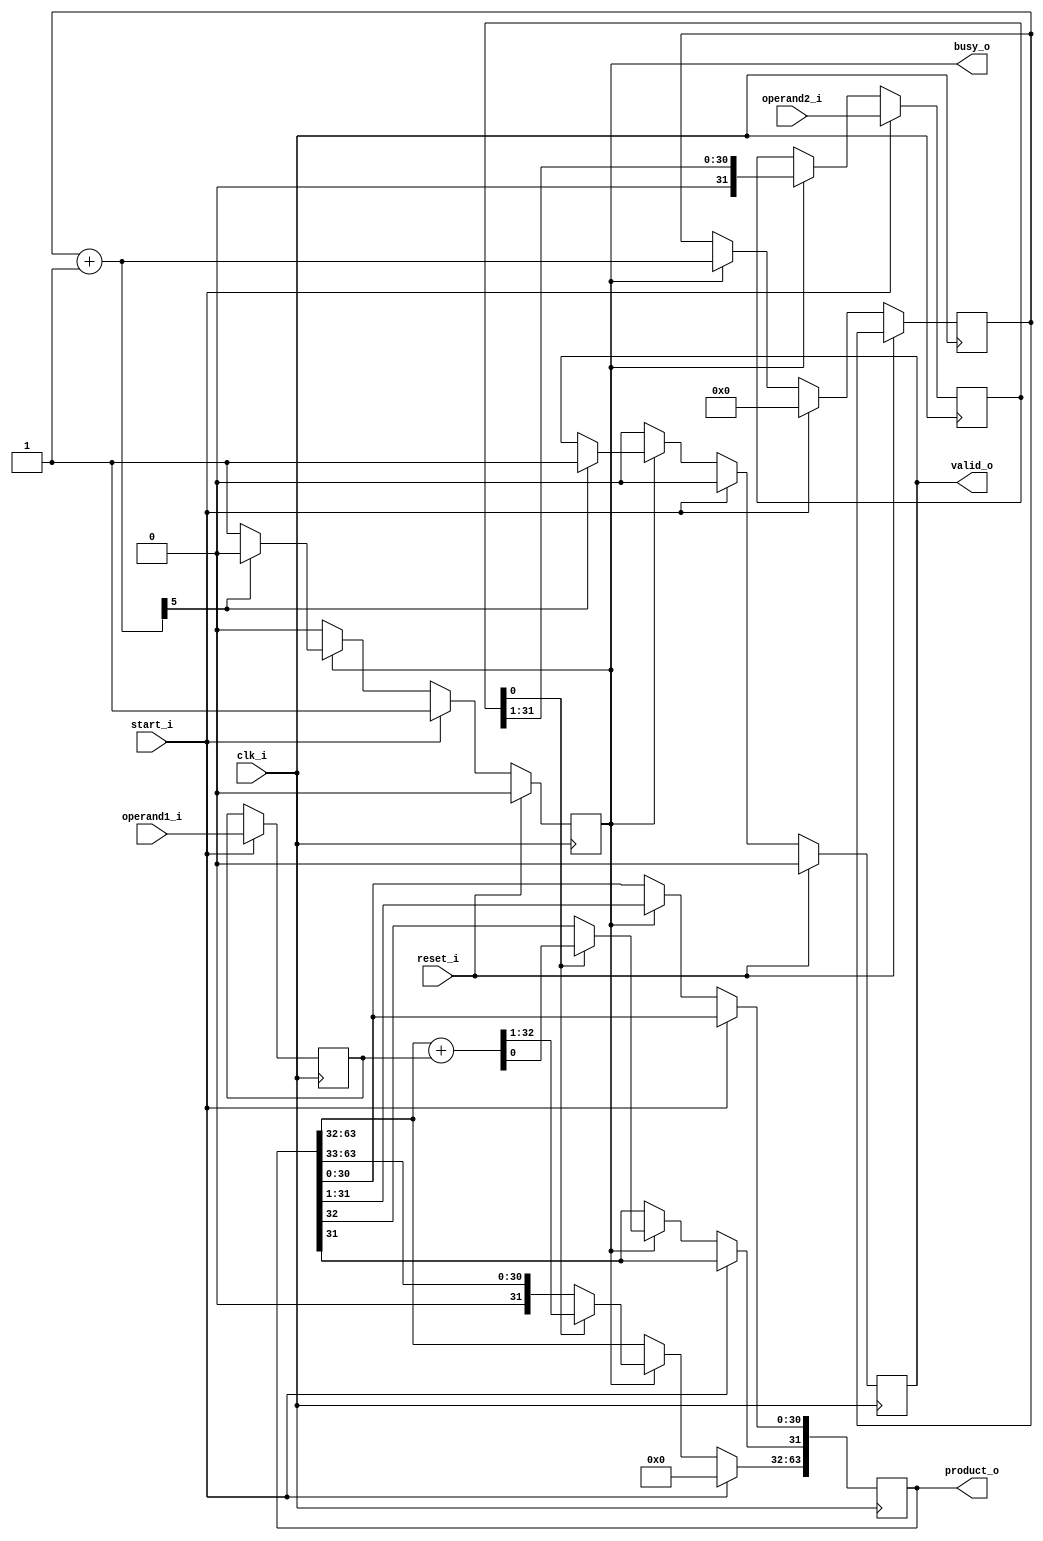
`ifndef RV32IM_MUL_GUARD
`define RV32IM_MUL_GUARD

module rv32im_mul #(
    parameter XLEN = 32
  ) (
    input wire clk_i,
    input wire reset_i,
    input wire start_i,
    output reg busy_o = 0,
    output reg valid_o = 0,

    input wire [XLEN-1:0] operand1_i,
    input wire [XLEN-1:0] operand2_i,
    output reg [XLEN*2-1:0] product_o = 0
  );

  localparam XLEN_FULL = XLEN*2;
  reg [XLEN-1:0] operand1 = 0;
  reg [XLEN-1:0] operand2 = 0;
  reg [$clog2(XLEN):0] counter = 0; // NOTE -- requires inputs to be powers of two!
  wire [$clog2(XLEN):0] counter_p1 = counter + 1;

  always @(posedge clk_i) begin
    if (reset_i) begin
      busy_o <= 1'b0;
      valid_o <= 1'b0;
    end else if (start_i) begin
      busy_o <= 1'b1;
      valid_o <= 1'b0;
      counter <= 0;
    end else if (busy_o) begin
      counter <= counter + 1'b1;
      if (counter_p1[$clog2(XLEN)]) begin
        valid_o <= 1'b1;
        busy_o <= 1'b0;
      end
    end else begin
      valid_o <= 1'b0;
    end
  end

  always @(posedge clk_i) begin
    if (start_i) begin // NOTE -- requires 1-clock start signal
      product_o[XLEN_FULL-1:XLEN] <= 0;
      operand1 <= operand1_i;
      operand2 <= operand2_i;
    end else if (busy_o) begin
      operand2 <= {1'b0, operand2[XLEN-1:1]};
      product_o <= {1'b0, product_o[XLEN_FULL-1:1]};
      if (operand2[0])
        product_o[XLEN_FULL-1:XLEN-1] <= {1'b0, product_o[XLEN_FULL-1:XLEN]} + operand1;
    end
  end

endmodule

`endif